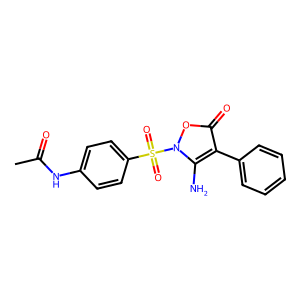
SMILES: CC(=O)Nc1ccc(S(=O)(=O)n2oc(=O)c(-c3ccccc3)c2N)cc1
Inhibits HIV replication: No